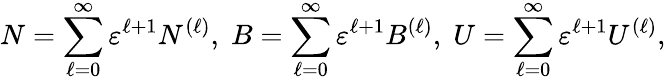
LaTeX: N=\sum_{\ell=0}^{\infty}\varepsilon^{\ell+1}N^{(\ell)},\; B=\sum_{\ell=0}^{\infty}\varepsilon^{\ell+1}B^{(\ell)},\; U=\sum_{\ell=0}^{\infty}\varepsilon^{\ell+1}U^{(\ell)},